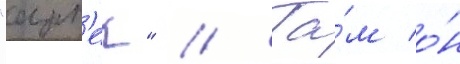
"арт'ек" // Та́м о́н